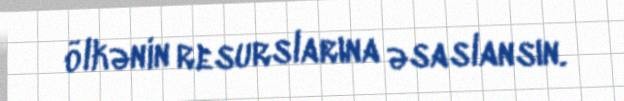
ölkənin resurslarına əsaslansın.